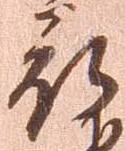
被